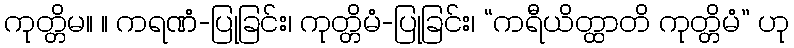
ကုတ္တိမ။ ။ ကရဏံ-ပြုခြင်း၊ ကုတ္တိမံ-ပြုခြင်း၊ “ကရီယိတ္ထာတိ ကုတ္တိမံ” ဟု